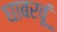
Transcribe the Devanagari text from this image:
घाबरवूं